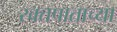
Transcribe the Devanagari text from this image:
रक्तपाताच्या